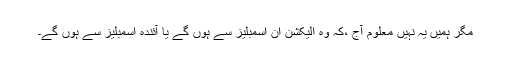
مگر ہمیں یہ نہیں معلوم آج ،کہ وہ الیکشن ان اسمبلیز سے ہوں گے یا آئندہ اسمبلیز سے ہوں گے۔